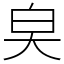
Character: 㚖